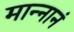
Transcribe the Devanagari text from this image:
मान्नानं